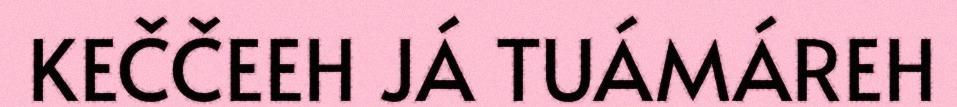
KEČČEEH JÁ TUÁMÁREH